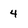
Character: 4